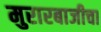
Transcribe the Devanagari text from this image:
मुरारबाजीचा